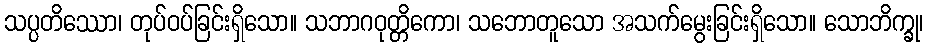
သပ္ပတိဿော၊ တုပ်ဝပ်ခြင်းရှိသော။ သဘာဂဝုတ္တိကော၊ သဘောတူသော အသက်မွေးခြင်းရှိသော။ သောဘိက္ခု၊